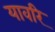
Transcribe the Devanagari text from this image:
यावरि